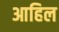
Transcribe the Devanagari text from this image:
आहिल